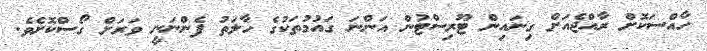
ހާއްސަކޮށް ރާއްޖެއަށް ގިނައިން ޓޫރިސްޓުން އަންނަ ގައުމުތަކުގެ ހާލަތު ފެންނަނީ ވަރަށް ގޯސްކޮށެވެ.